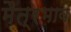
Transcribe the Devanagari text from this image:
मैत्रभाव